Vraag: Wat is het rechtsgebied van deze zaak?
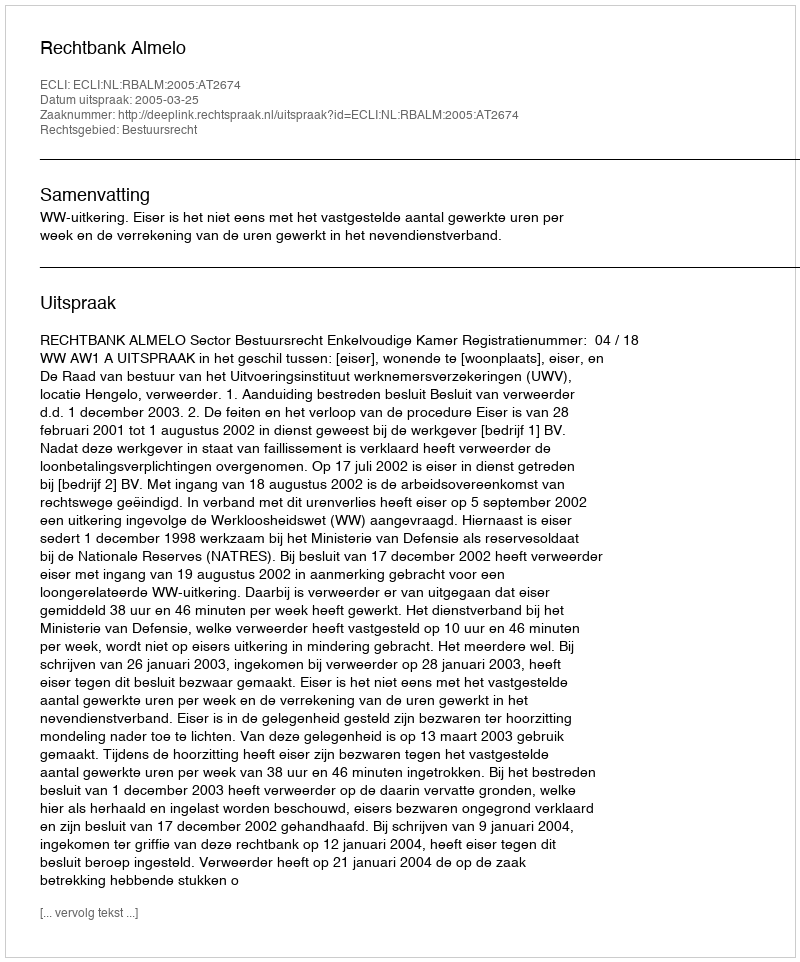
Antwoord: Bestuursrecht